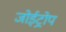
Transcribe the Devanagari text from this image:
जोईट्रोप